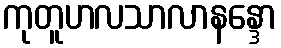
ကုတူဟလသာလာနန္ဒော